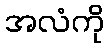
အလံကို